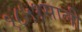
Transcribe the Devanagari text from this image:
१८५१साली